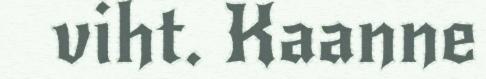
viht. Kaanne